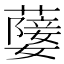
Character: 𦽚